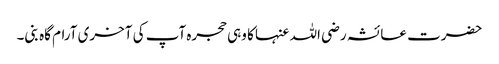
حضرت عائشہ رضی اللہ عنہا کا وہی حجرہ آپ کی آخری آرام گاہ بنی۔